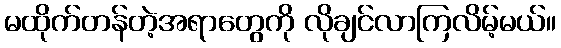
မထိုက်တန်တဲ့အရာတွေကို လိုချင်လာကြလိမ့်မယ်။